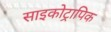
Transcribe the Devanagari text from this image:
साइकोट्रापिक